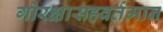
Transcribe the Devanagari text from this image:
गोरक्षासहवर्तमान